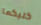
كليكما